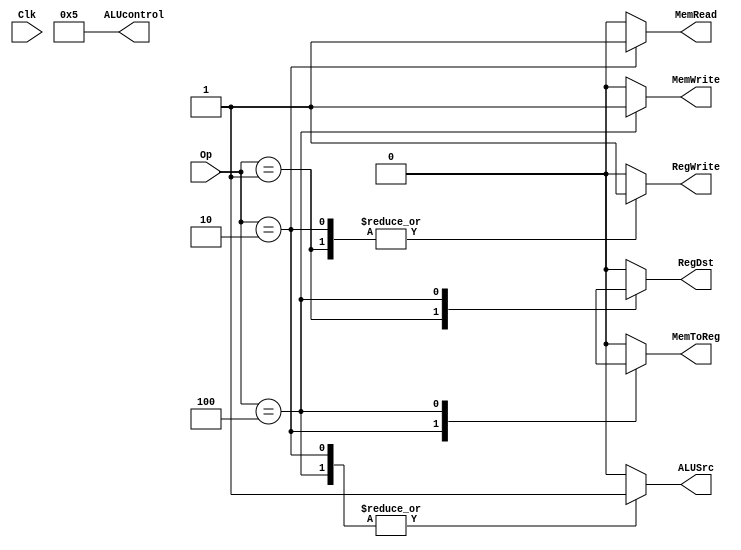
`timescale 1ns / 100ps
module ControlUnit(
    output reg RegDst,
    output reg MemRead,
    output reg MemWrite,
    output reg MemToReg,
    output reg[3:0] ALUcontrol,
    output reg ALUSrc,
    output reg RegWrite,
    input [5:0] Op,
    input Clk
    );
    parameter   addOp = 6'b001,
                lwOp = 6'b010,
                swOp = 6'b100;
    parameter   aluAdd = 4'b0101; 
              
    always @ (*)
    case(Op)
        addOp : begin
            RegDst = 1'b1;
            MemRead = 1'b0;
            MemWrite = 1'b0;
            MemToReg = 1'b0;
            ALUcontrol = aluAdd;
            ALUSrc = 1'b0;
            RegWrite = 1'b1;
        end
        lwOp : begin
            RegDst = 1'b0;
            MemRead = 1'b1;
            MemWrite = 1'b0;
            MemToReg = 1'b1;
            ALUcontrol = aluAdd;
            ALUSrc = 1'b1;
            RegWrite = 1'b1;
        end
        swOp : begin
            RegDst = 1'bx;
            MemRead = 1'b0;
            MemWrite = 1'b1;
            MemToReg = 1'bx;
            ALUcontrol = aluAdd;
            ALUSrc = 1'b1;
            RegWrite = 1'b0;
        end
        default begin
            RegDst = 1'b0;
            MemRead = 1'b0;
            MemWrite = 1'b0;
            MemToReg = 1'b0;
            ALUcontrol = aluAdd;
            ALUSrc = 1'b0;
            RegWrite = 1'b0;
        end
    endcase
endmodule